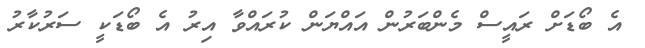
އެ ބޯޑަށް ރައީސް މެންބަރުން އައްޔަން ކުރައްވާ އިރު އެ ބޯޑަކީ ސަރުކާރު